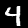
Digit: 4